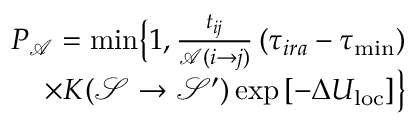
\begin{array} { r } { P _ { \mathcal { A } } = \operatorname* { m i n } \bigr \{ 1 , \frac { t _ { i j } } { \mathcal { A } ( i \rightarrow j ) } \left( \tau _ { i r a } - \tau _ { \mathrm { m i n } } \right) } \\ { \times K ( \mathcal { S } \rightarrow \mathcal { S } ^ { \prime } ) \exp \left[ - \Delta U _ { \mathrm { l o c } } \right] \bigr \} } \end{array}